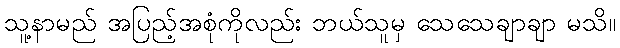
သူ့နာမည် အပြည့်အစုံကိုလည်း ဘယ်သူမှ သေသေချာချာ မသိ။